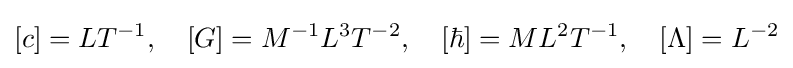
[c]=LT^{-1},\quad [G]=M^{-1}L^{3}T^{-2},\quad [\hbar ]=ML^{2}T^{-1},\quad [\Lambda ]=L^{-2}